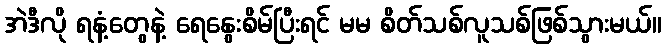
အဲဒီလို ရနံ့တွေနဲ့ ရေနွေးစိမ်ပြီးရင် မမ စိတ်သစ်လူသစ်ဖြစ်သွားမယ်။